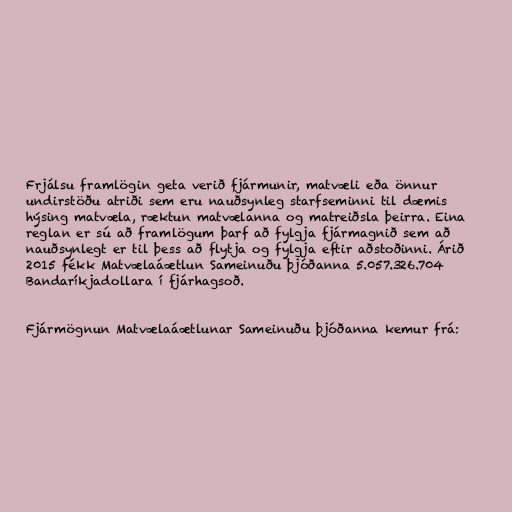
Frjálsu framlögin geta verið fjármunir, matvæli eða önnur
undirstöðu atriði sem eru nauðsynleg starfseminni til dæmis
hýsing matvæla, ræktun matvælanna og matreiðsla þeirra. Eina
reglan er sú að framlögum þarf að fylgja fjármagnið sem að
nauðsynlegt er til þess að flytja og fylgja eftir aðstoðinni. Árið
2015 fékk Matvælaáætlun Sameinuðu þjóðanna 5.057.326.704
Bandaríkjadollara í fjárhagsoð.

Fjármögnun Matvælaáætlunar Sameinuðu þjóðanna kemur frá: